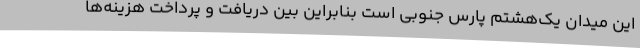
این میدان یک‌هشتم پارس جنوبی است بنابراین بین دریافت و پرداخت هزینه‌ها